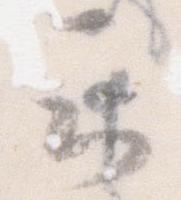
云